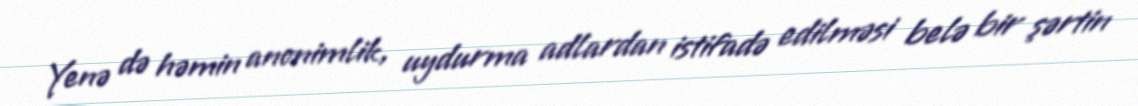
Yenə də həmin anonimlik, uydurma adlardan istifadə edilməsi belə bir şərtin